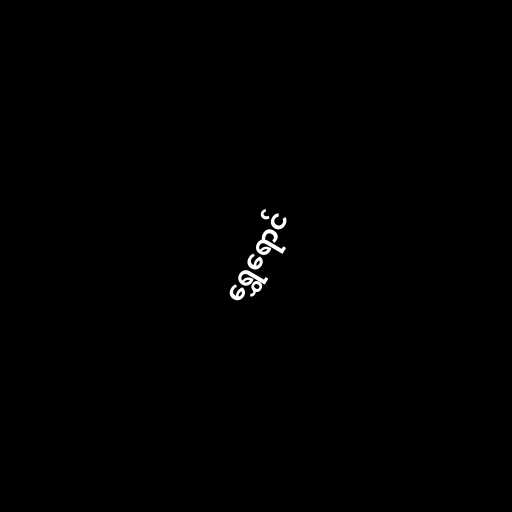
ရွှေရောင်